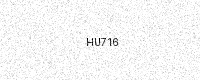
Text: HU716